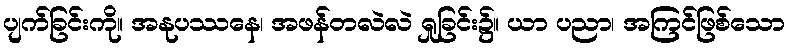
ပျက်ခြင်းကို။ အနုပဿနေ၊ အဖန်တလဲလဲ ရှုခြင်း၌။ ယာ ပညာ၊ အကြင်ဖြစ်သော